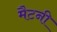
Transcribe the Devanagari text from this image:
मैटनी